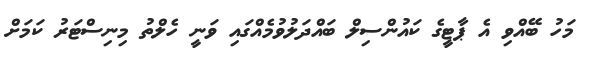
މަހު ބޭއްވި އެ ޕާޓީގެ ކައުންސިލް ބައްދަލުވުމެއްގައި ވަނީ ހެލްތު މިނިސްޓަރު ކަމަށް